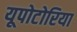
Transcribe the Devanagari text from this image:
यूपोटोरिया